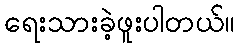
ရေးသားခဲ့ဖူးပါတယ်။